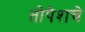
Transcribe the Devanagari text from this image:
तोपेशचे